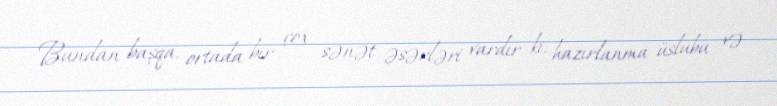
Bundan başqa, ortada bir çox sənət əsərləri vardır ki, hazırlanma üslubu və